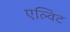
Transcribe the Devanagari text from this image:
एल्विट